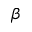
\beta